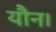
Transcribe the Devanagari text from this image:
यौन।